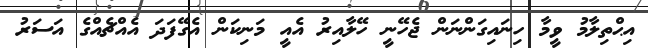
އިޙްތިލާމު ވީމާ ހިނައިގަންނަން ޖެހޭނީ ހޭލާއިރު އެއީ މަނިކަން އެގޭފަދަ އެއްޗެއްގެ އަސަރު